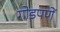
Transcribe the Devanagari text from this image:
गोडपणें